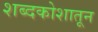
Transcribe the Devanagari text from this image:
शब्दकोशातून